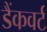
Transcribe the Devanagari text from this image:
डैंकवर्ट